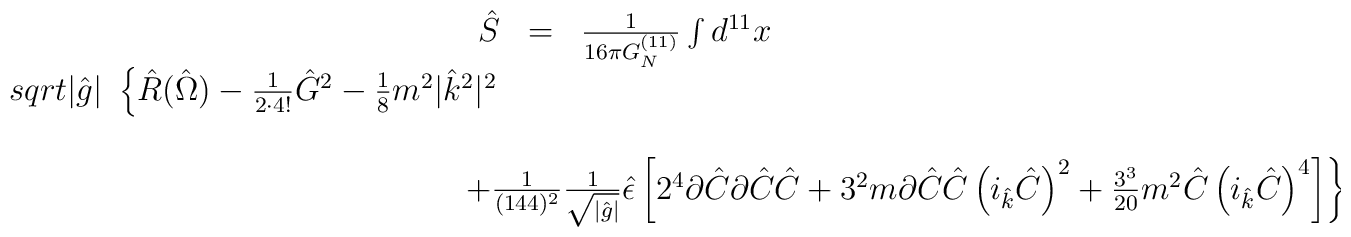
\begin{array}{rcl}\hat{S} & = & \frac{1}{16\pi G_{N}^{(11)}}\int d^{11}x\\sqrt{|\hat{g}|}\ \left\{\hat{R}(\hat{\Omega})-{\textstyle\frac{1}{2\cdot 4!}}\hat{G}^{2}-{\textstyle\frac{1}{8}}m^{2}|\hat{k}^{2}|^{2}\right. \\& & \\& &\hspace{-1.5cm}\left.+{\textstyle\frac{1}{(144)^{2}}} \frac{1}{\sqrt{|\hat{g}|}}\hat{\epsilon} \left[2^{4} \partial\hat{C} \partial\hat{C} \hat{C}+3^{2}m\partial\hat{C}\hat{C}\left(i_{\hat{k}}\hat{C}\right)^{2}+\frac{3^{3}}{20}m^{2}\hat{C}\left(i_{\hat{k}}\hat{C}\right)^{4}   \right]\right\}\, .\end{array}